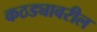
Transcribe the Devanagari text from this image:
कठड्यावरील